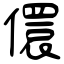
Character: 儇